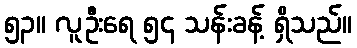
၅၃။ လူဦးရေ ၅၄ သန်းခန့် ရှိသည်။